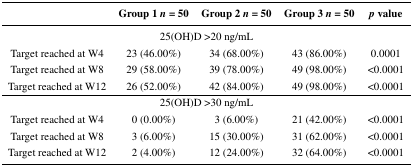
<table><thead><tr><td></td><td><b>Group 1 <i>n</i> = 50</b></td><td><b>Group 2 <i>n</i> = 50</b></td><td><b>Group 3 <i>n</i> = 50</b></td><td><b><i>p</i> value</b></td></tr></thead><tbody><tr><td colspan="5">25(OH)D &gt;20 ng/mL</td></tr><tr><td>Target reached at W4</td><td>23 (46.00%)</td><td>34 (68.00%)</td><td>43 (86.00%)</td><td>0.0001</td></tr><tr><td>Target reached at W8</td><td>29 (58.00%)</td><td>39 (78.00%)</td><td>49 (98.00%)</td><td>&lt;0.0001</td></tr><tr><td>Target reached at W12</td><td>26 (52.00%)</td><td>42 (84.00%)</td><td>49 (98.00%)</td><td>&lt;0.0001</td></tr><tr><td colspan="5">25(OH)D &gt;30 ng/mL</td></tr><tr><td>Target reached at W4</td><td>0 (0.00%)</td><td>3 (6.00%)</td><td>21 (42.00%)</td><td>&lt;0.0001</td></tr><tr><td>Target reached at W8</td><td>3 (6.00%)</td><td>15 (30.00%)</td><td>31 (62.00%)</td><td>&lt;0.0001</td></tr><tr><td>Target reached at W12</td><td>2 (4.00%)</td><td>12 (24.00%)</td><td>32 (64.00%)</td><td>&lt;0.0001</td></tr></tbody></table>